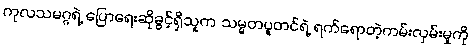
ကုလသမဂ္ဂရဲ့ ပြောရေးဆိုခွင့်ရှိသူက သမ္မတပူတင်ရဲ့ ရက်ရောတဲ့ကမ်းလှမ်းမှုကို